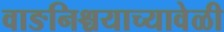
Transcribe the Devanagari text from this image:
वाङनिश्चयाच्यावेळी